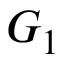
G _ { 1 }